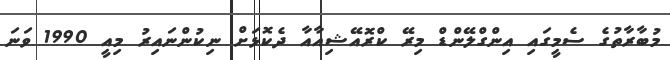
މުބާރާތުގެ ސެމީގައި އިންގްލޭންޑް މިރޭ ކްރޮއޭޝިއާއާ ދެކޮޅަށް ނިކުންނައިރު މިއީ 1990 ވަނަ